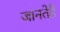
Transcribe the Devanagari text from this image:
जानतेहैं